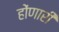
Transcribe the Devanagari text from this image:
होंणारी